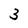
Character: 3